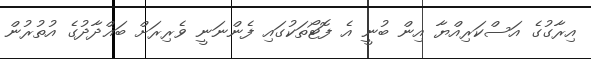
އިރާގުގެ އަސްކަރިއްޔާ އިން ބުނީ އެ ފޮޓޯތަކުގައި ފެންނަނީ ވެރިރަށް ބަޣްދާދުގެ އުތުރުން